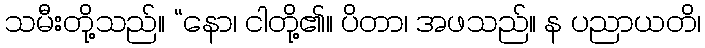
သမီးတို့သည်။ “နော၊ ငါတို့၏။ ပိတာ၊ အဖသည်။ န ပညာယတိ၊